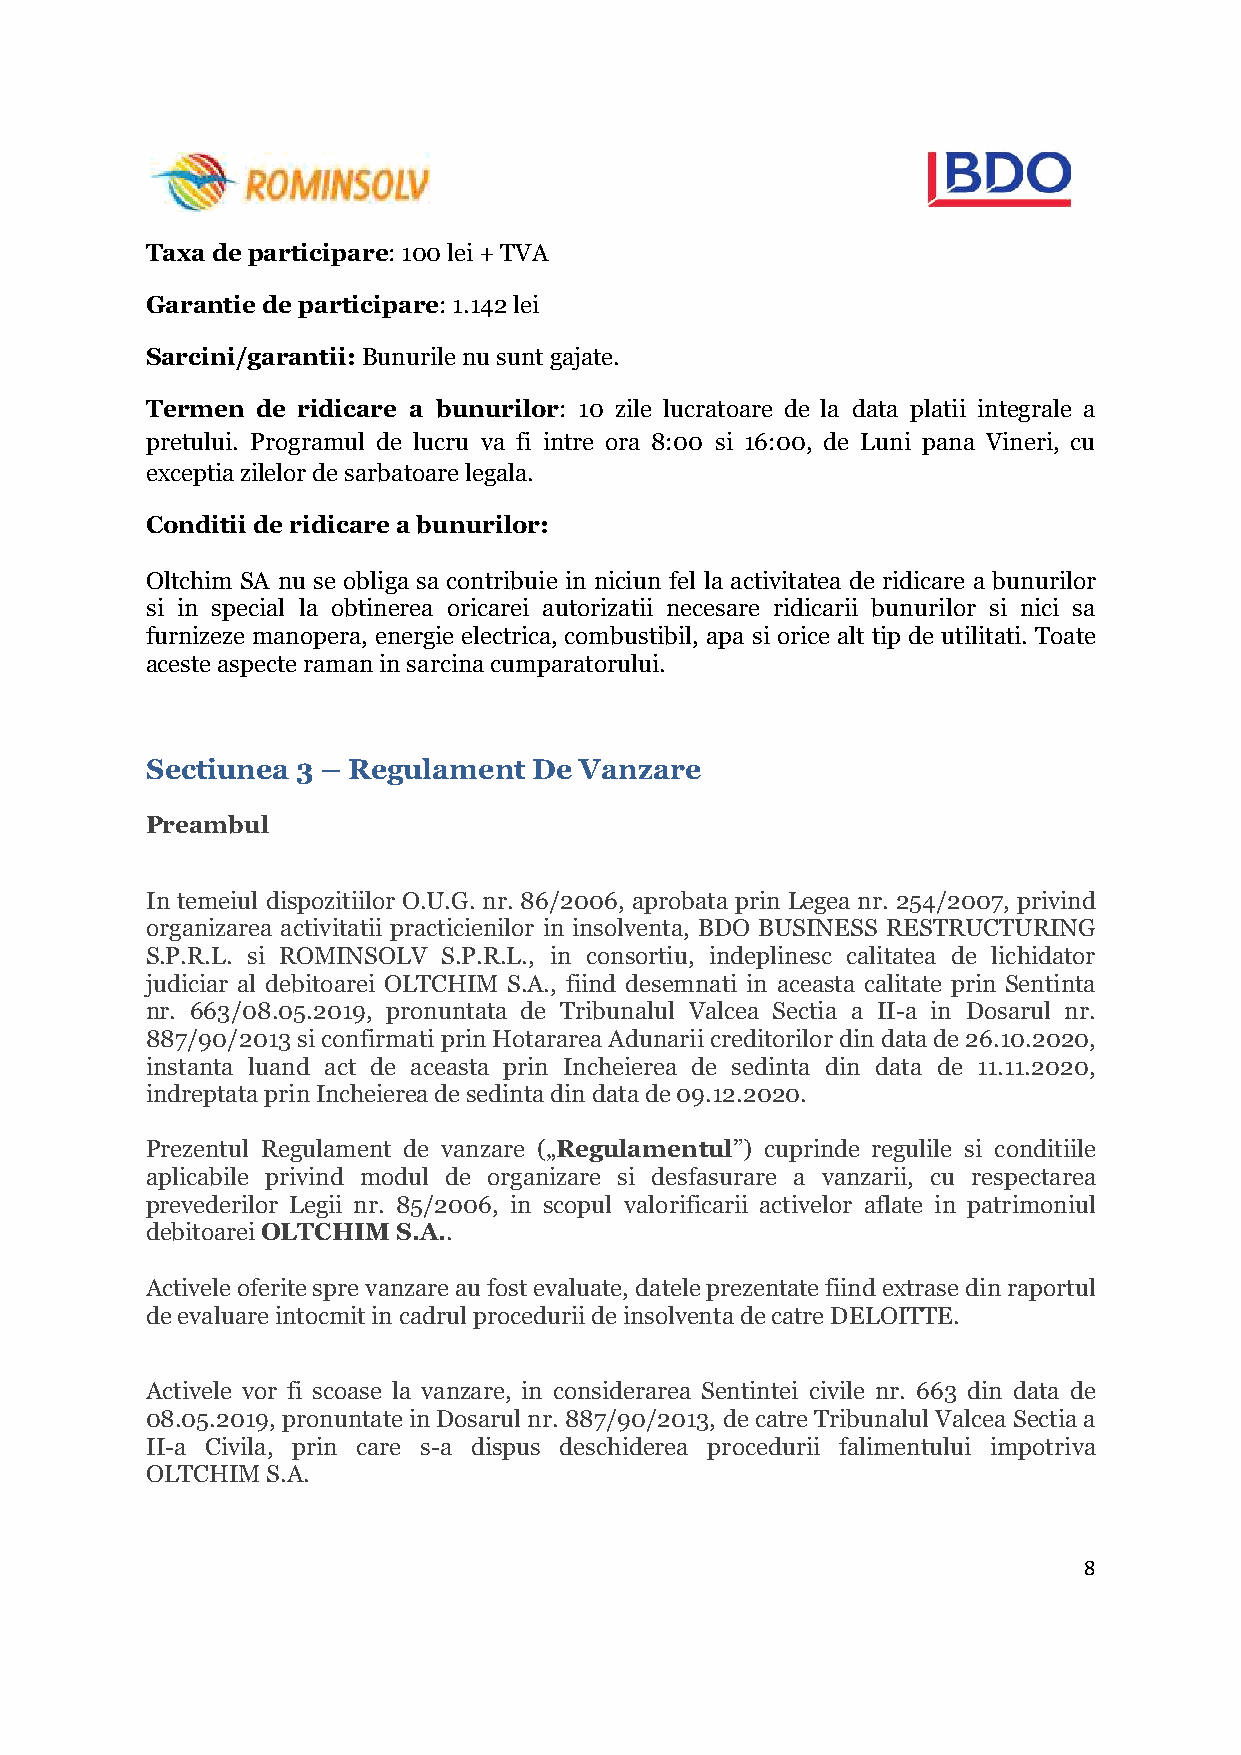
Taxa de participare: 100 lei + TVA
 Garantie de participare: 1.142 lei
 Sarcini/garantii: Bunurile nu sunt gajate.
 Termen de ridicare a bunurilor: 10 zile lucratoare de la data platii integrale a
 pretului. Programul de lucru va fi intre ora 8:00 si 16:00, de Luni pana Vineri, cu
 exceptia zilelor de sarbatoare legala.
 Conditii de ridicare a bunurilor:
 Oltchim SA nu se obliga sa contribuie in niciun fel la activitatea de ridicare a bunurilor
 si in special la obtinerea oricarei autorizatii necesare ridicarii bunurilor si nici sa
 furnizeze manopera, energie electrica, combustibil, apa si orice alt tip de utilitati. Toate
 aceste aspecte raman in sarcina cumparatorului.
 Sectiunea 3 – Regulament De Vanzare
 Preambul
 In temeiul dispozitiilor O.U.G. nr. 86/2006, aprobata prin Legea nr. 254/2007, privind
 organizarea activitatii practicienilor in insolventa, BDO BUSINESS RESTRUCTURING
 S.P.R.L. si ROMINSOLV S.P.R.L., in consortiu, indeplinesc calitatea de lichidator
 judiciar al debitoarei OLTCHIM S.A., fiind desemnati in aceasta calitate prin Sentinta
 nr. 663/08.05.2019, pronuntata de Tribunalul Valcea Sectia a II-a in Dosarul nr.
 887/90/2013 si confirmati prin Hotararea Adunarii creditorilor din data de 26.10.2020,
 instanta luand act de aceasta prin Incheierea de sedinta din data de 11.11.2020,
 indreptata prin Incheierea de sedinta din data de 09.12.2020.
 Prezentul Regulament de vanzare („Regulamentul”) cuprinde regulile si conditiile
 aplicabile privind modul de organizare si desfasurare a vanzarii, cu respectarea
 prevederilor Legii nr. 85/2006, in scopul valorificarii activelor aflate in patrimoniul
 debitoarei OLTCHIM S.A..
 Activele oferite spre vanzare au fost evaluate, datele prezentate fiind extrase din raportul
 de evaluare intocmit in cadrul procedurii de insolventa de catre DELOITTE.
 Activele vor fi scoase la vanzare, in considerarea Sentintei civile nr. 663 din data de
 08.05.2019, pronuntate in Dosarul nr. 887/90/2013, de catre Tribunalul Valcea Sectia a
 II-a Civila, prin care s-a dispus deschiderea procedurii falimentului impotriva
 OLTCHIM S.A.
 8